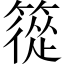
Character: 篵